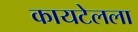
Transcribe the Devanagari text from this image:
कायटेलला